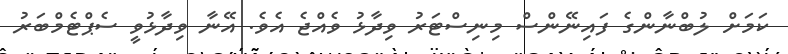
ކަމަށް ލުބްނާންގެ ފައިނޭންސް މިނިސްޓަރު ވިދާޅު ވެއްޖެ އެވެ. އޭނާ ވިދާޅުވީ ސެޕްޓެމްބަރު